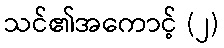
သင်၏အကောင့် (၂)